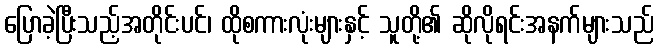
ပြောခဲ့ပြီးသည့်အတိုင်းပင်၊ ထိုစကားလုံးများနှင့် သူတို့၏ ဆိုလိုရင်းအနက်များသည်